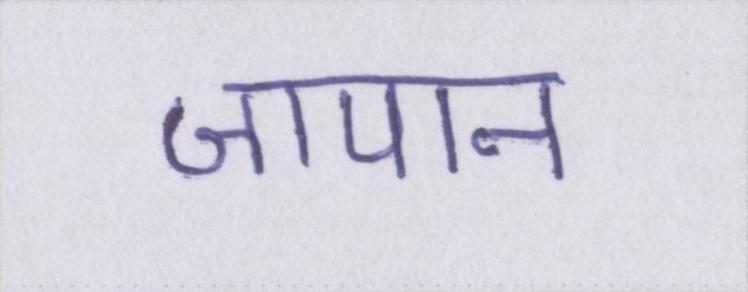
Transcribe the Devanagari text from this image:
जापान